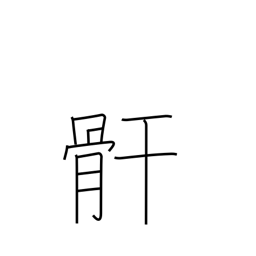
Meaning: leg